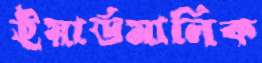
ইয়ার্ডমালিক